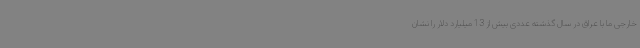
خارجی ما با عراق در سال گذشته عددی بیش از 13 میلیارد دلار را نشان